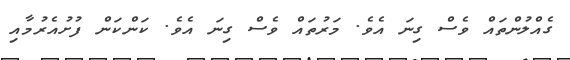
ގެއްލުންތައް ވެސް ގިނަ އެވެ. މަރުތައް ވެސް ގިނަ އެވެ. ކަންކަން ފުށުއެރުމާއި